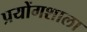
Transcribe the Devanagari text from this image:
प्रयोंगशाला